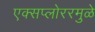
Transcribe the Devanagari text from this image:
एक्सप्लोररमुळे